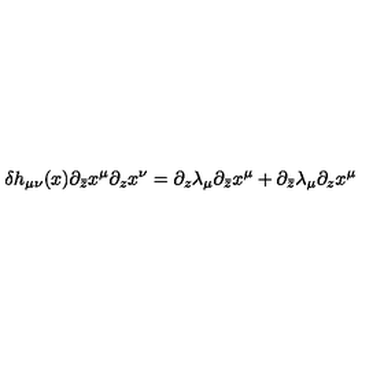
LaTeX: \delta h _ { \mu \nu } ( x ) \partial _ { \bar { z } } x ^ { \mu } \partial _ { z } x ^ { \nu } = \partial _ { z } \lambda _ { \mu } \partial _ { \bar { z } } x ^ { \mu } + \partial _ { \bar { z } } \lambda _ { \mu } \partial _ { z } x ^ { \mu }